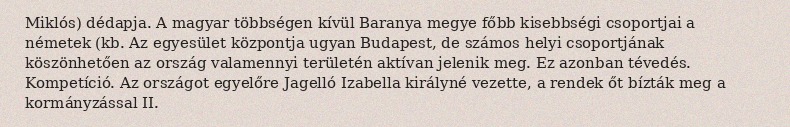
Miklós) dédapja. A magyar többségen kívül Baranya megye főbb kisebbségi csoportjai a németek (kb. Az egyesület központja ugyan Budapest, de számos helyi csoportjának köszönhetően az ország valamennyi területén aktívan jelenik meg. Ez azonban tévedés. Kompetíció. Az országot egyelőre Jagelló Izabella királyné vezette, a rendek őt bízták meg a kormányzással II.